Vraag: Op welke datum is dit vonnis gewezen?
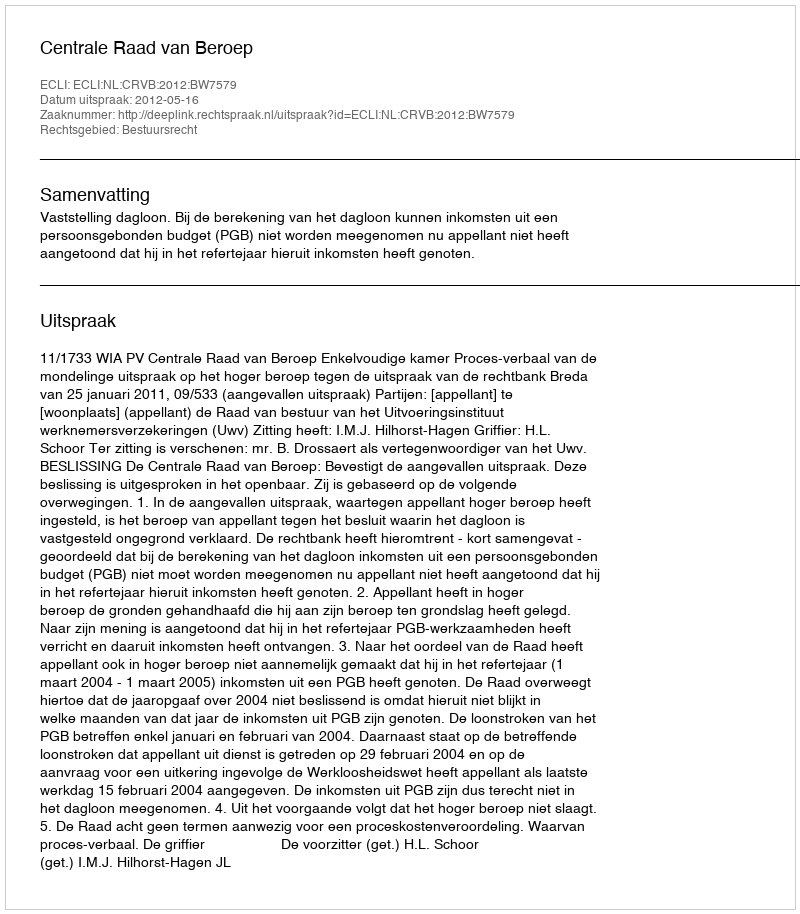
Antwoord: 2012-05-16